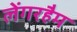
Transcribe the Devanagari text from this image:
लेंगरहैम